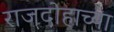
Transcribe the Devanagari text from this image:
राजदोहाच्या